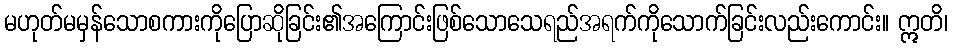
မဟုတ်မမှန်သောစကားကိုပြောဆိုခြင်း၏အကြောင်းဖြစ်သောသေရည်အရက်ကိုသောက်ခြင်းလည်းကောင်း။ ဣတိ၊